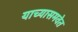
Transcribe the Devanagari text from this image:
याच्यासमवेत